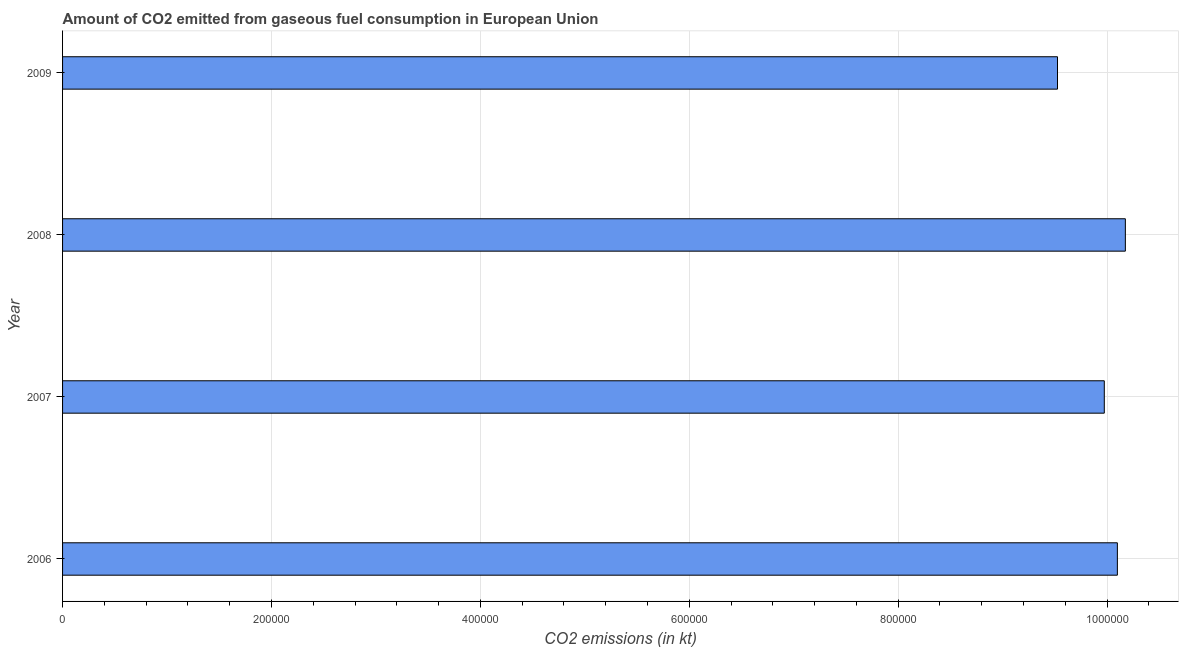
| Year | CO2 emissions from gaseous fuel consumption |
 | --- | --- |
 | 2006 | 1.01e+06 |
 | 2007 | 9.97e+05 |
 | 2008 | 1.02e+06 |
 | 2009 | 9.53e+05 |